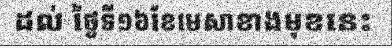
ដល់ ថ្ងៃទី១៦ខែមេសាខាងមុខនេះ